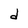
Character: d